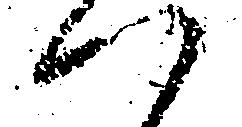
つ